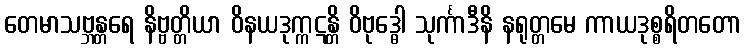
တေမာသဗ္ဘန္တရေ နိဗ္ဗတ္တိယာ ဝိနယဒုက္ကဋန္တိ ဝိဗုဒ္ဓေါ သုင်္ကာဒီနိ နရုတ္တမေ ကာယဒုစ္စရိတတော